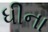
ધીના